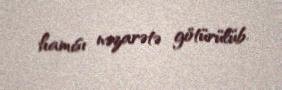
hamısı nəzarətə götürülüb.